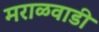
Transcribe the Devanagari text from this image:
मराळवाडी